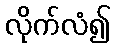
လိုက်လံ၍